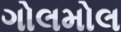
ગોલમોલ